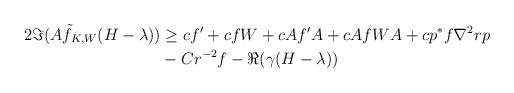
\begin{align*}\begin{aligned}2\Im(A\tilde{f}_{K,W}(H-\lambda)) &\geq cf' + cfW + cAf'A + cAfWA + cp^*f\nabla^2 rp\\& - C r^{-2}f - \Re(\gamma(H-\lambda))\end{aligned}\end{align*}